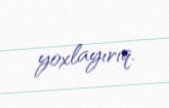
yoxlayırıq.